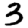
Digit: 3